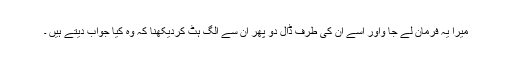
میرا یہ فرمان لے جا ؤاور اسے ان کی طرف ڈال دو پھر ان سے الگ ہٹ کردیکھنا کہ وہ کیا جواب دیتے ہیں ۔